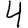
Digit: 4